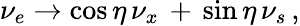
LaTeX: \nu_{e}\to\cos\eta\, \nu_{x}\, +\, \sin\eta\, \nu_{s}\, ,